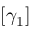
[ \gamma _ { 1 } ]